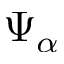
\Psi _ { \alpha }